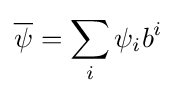
{\overline {\psi }}=\sum \limits _{i}\psi _{i}b^{i}